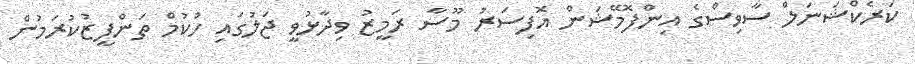
ކަރެކްޝަނަލް ސާވިސްގެ އިންފޮމޭޝަން އޮފިސަރު މޫސާ ރަމީޒު ވިދާޅުވީ ޖަލުގައި ހުކުމް ތަންފީޒުކުރަމުން